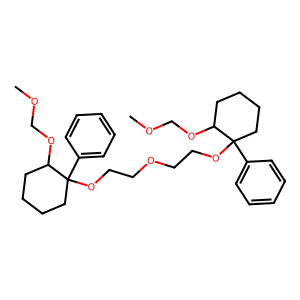
SMILES: COCOC1CCCCC1(OCCOCCOC1(c2ccccc2)CCCCC1OCOC)c1ccccc1
Inhibits HIV replication: No